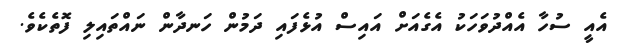
އެއީ ސުހާ އެއްދުވަހަކު އެގެއަށް އައިސް އުޅެފައި ދަމުން ހަނދާން ނައްތައިލި ފޮތެކެވެ.